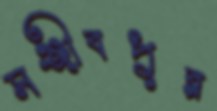
সঞ্জীবপুর